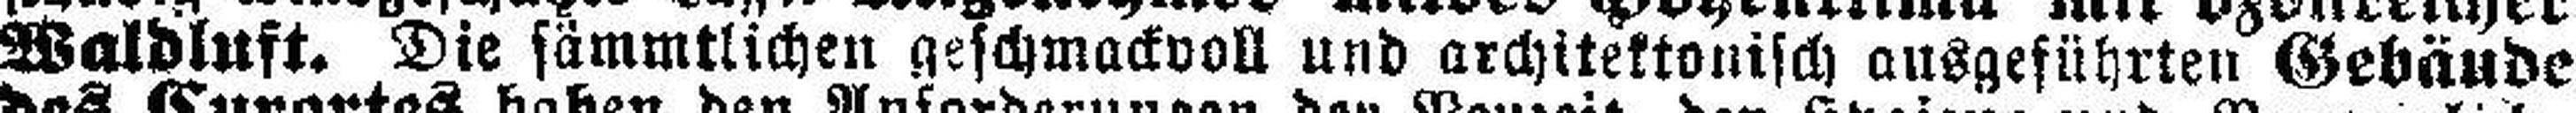
Waldluft. Die sämmtlichen geschmackvoll und architektonisch ausgeführten Gebäude